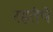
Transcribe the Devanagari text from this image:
रहतेथे